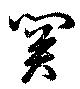
関